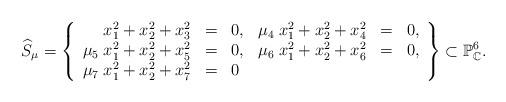
LaTeX: \begin{align*}\widehat{S}_{\mu}=\left\{ \begin{array}{rclrcl}x_{1}^{2}+x_{2}^{2}+x_{3}^{2}&=&0,&\mu_{4} \; x_{1}^{2}+x_{2}^{2}+x_{4}^{2}&=&0,\\\mu_{5} \; x_{1}^{2}+x_{2}^{2}+x_{5}^{2}&=&0,&\mu_{6} \; x_{1}^{2}+x_{2}^{2}+x_{6}^{2}&=&0,\\\mu_{7} \; x_{1}^{2}+x_{2}^{2}+x_{7}^{2}&=&0\end{array}\right\} \subset {\mathbb P}_{\mathbb C}^{6}.\end{align*}